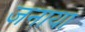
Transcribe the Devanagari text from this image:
जनाया